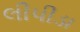
લીપીડા